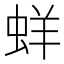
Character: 蛘